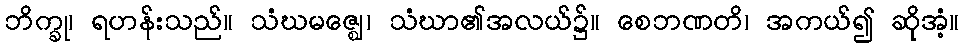
ဘိက္ခု၊ ရဟန်းသည်။ သံဃမဇ္ဈေ၊ သံဃာ၏အလယ်၌။ စေဘဏတိ၊ အကယ်၍ ဆိုအံ့။